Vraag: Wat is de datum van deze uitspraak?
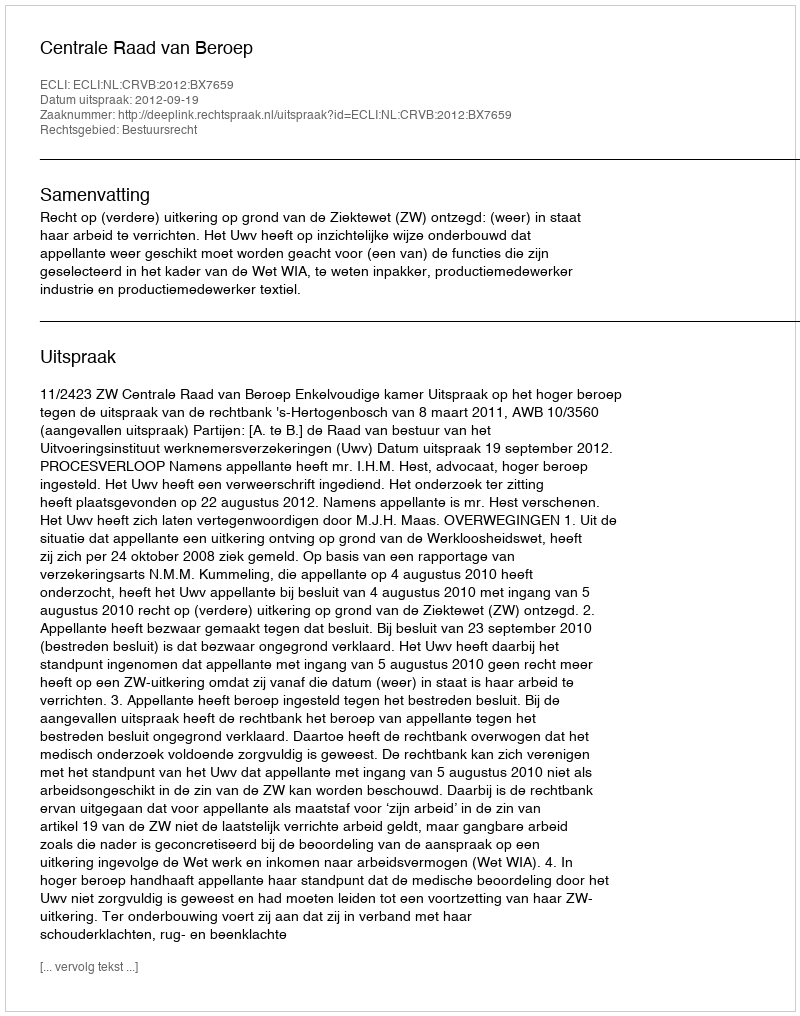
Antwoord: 2012-09-19